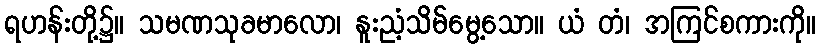
ရဟန်းတို့၌။ သမဏသုခမာလော၊ နူးညံ့သိမ်မွေ့သော။ ယံ တံ၊ အကြင်စကားကို။